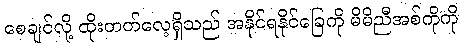
စေချင်လို့ ထိုးတတ်လေ့ရှိသည် အနိုင်ရနိုင်ခြေကို မိမိညီအစ်ကိုကို